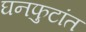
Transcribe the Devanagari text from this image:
घनफुटांत